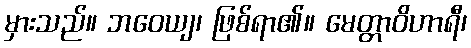
မှားသည်။ ဘဝေယျ၊ ဖြစ်ရာ၏။ မေတ္တာဝိဟာရီ၊